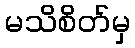
မသိစိတ်မှ